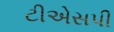
ટીએસપી